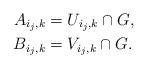
LaTeX: \begin{align*}A_{i_j,k} & = U_{i_j,k} \cap G,\\B_{i_j,k} & = V_{i_j,k} \cap G.\end{align*}